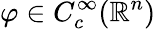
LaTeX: \varphi\in C_{c}^{\infty}(\mathbb{R}^{n})